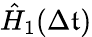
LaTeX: \hat{H}_{1}(\Delta\mathfrak{t})